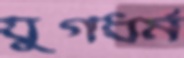
যুগধর্ম